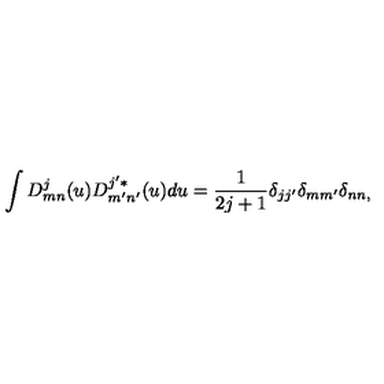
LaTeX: \int D _ { m n } ^ { j } ( u ) D _ { m ^ { \prime } n ^ { \prime } } ^ { j ^ { \prime } * } ( u ) d u = \frac { 1 } { 2 j + 1 } \delta _ { j j ^ { \prime } } \delta _ { m m ^ { \prime } } \delta _ { n n , }